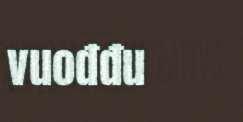
vuođđu